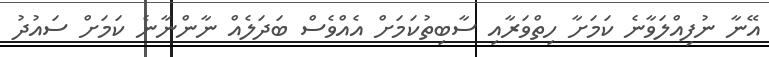
އޭނާ ނުފިއްލަވާނެ ކަމަށާ ހިތްވަރާއި ސާބިތުކަމަށް އެއްވެސް ބަދަލެއް ނާންނާނެ ކަމަށް ސައުދު